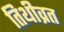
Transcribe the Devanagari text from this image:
तिथीव्रत